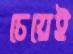
চেয়েই